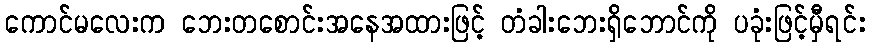
ကောင်မလေးက ဘေးတစောင်းအနေအထားဖြင့် တံခါးဘေးရှိဘောင်ကို ပခုံးဖြင့်မှီရင်း